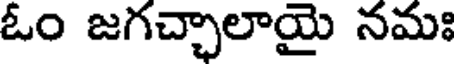
ఓం జగచ్చాలాయై నమః